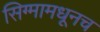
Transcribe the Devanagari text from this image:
सिग्मामधूनच